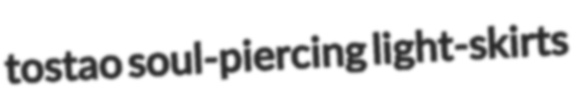
tostao soul-piercing light-skirts